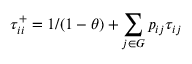
\tau _ { i i } ^ { + } = 1 / ( 1 - \theta ) + \sum _ { j \in G } p _ { i j } \tau _ { i j }